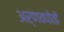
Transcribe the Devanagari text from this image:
अर्णवपोतों